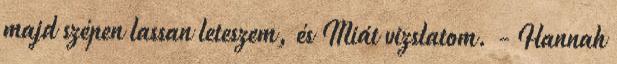
majd szépen lassan leteszem, és Miát vizslatom. - Hannah